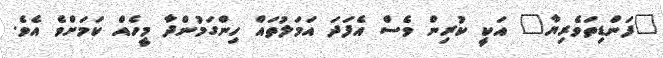
"ފަންޑިތަވެރިޔާ" އަކީ ކުރިން ވެސް އެފަދަ އަމަލުތައް ހިންގަމުންދާ މީހެއް ކަމަށްވެ އެވެ.